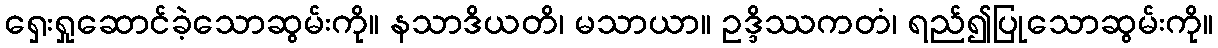
ရှေးရှုဆောင်ခဲ့သောဆွမ်းကို။ နသာဒိယတိ၊ မသာယာ။ ဥဒ္ဒိဿကတံ၊ ရည်၍ပြုသောဆွမ်းကို။